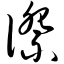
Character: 傺